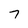
Character: 7